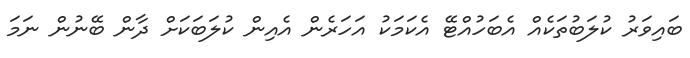
ބައިވަރު ކުލަބުތަކެއް އެބަހުއްޓޭ އެކަމަކު އަހަރެން އެއިން ކުލަބަކަށް ދާން ބޭނުން ނަމަ